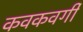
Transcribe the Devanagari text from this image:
कवकवर्गी